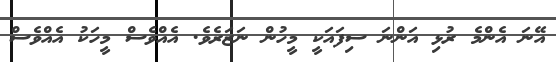
އޭނަ އެންމެ ރުޅި އަންނަ ސިފައަކީ މީހުން ނަޒަރެވެ. އެއްވެސް މީހަކު އެއްވެސް